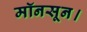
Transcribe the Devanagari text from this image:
मॉनसून।